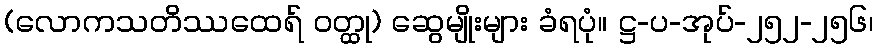
(လောကသတိဿထေရ် ဝတ္ထု) ဆွေမျိုးများ ခံရပုံ။ ဋ္ဌ-ပ-အုပ်-၂၅၂-၂၅၆၊